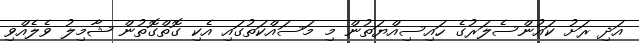
އަދި ރަށު ކައުންސެލަރުގެ ހައިސިއްޔަތުން މި މަސައްކަތުގައި އެކި ގޮތްގޮތުން ޝާމިލު ވެލެއްވި